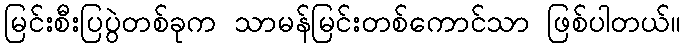
မြင်းစီးပြပွဲတစ်ခုက သာမန်မြင်းတစ်ကောင်သာ ဖြစ်ပါတယ်။